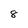
Character: 8